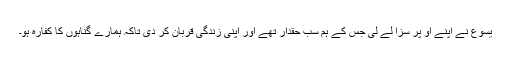
یسوع نے اپنے او پر سزا لے لی جس کے ہم سب حقدار تھے اور اپنی زندگی قربان کر دی تاکہ ہمارے گناہوں کا کفارہ ہو۔